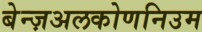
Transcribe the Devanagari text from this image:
बेन्ज़अलकोणनिउम